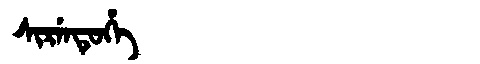
Manchu: ᠰᡳᡵᡝᠨᡨᡠᡥᡝ
Romanization: SIRENTUHE